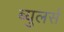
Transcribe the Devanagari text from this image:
ब्युलर्स